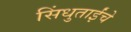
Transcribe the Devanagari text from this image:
सिंधुताईंचे